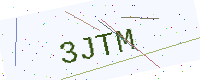
Text: 3JTM